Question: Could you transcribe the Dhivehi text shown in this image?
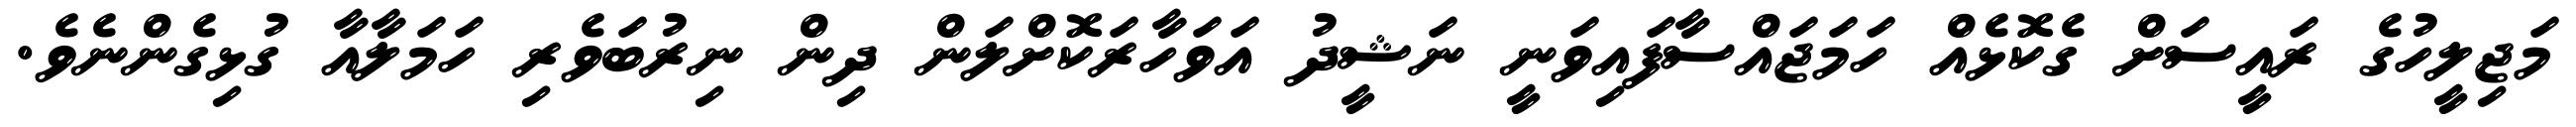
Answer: މަޖިލީހުގެ ރައީސަށް ގެކޮޅެއް ހަމަޖައްސާފައިވަނީ ނަޝީދު އަވަހާރަކޮށްލަން ދިން ނިރުބަވެރި ހަމަލާއާ ގުޅިގެންނެވެ.